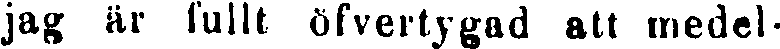
jag är fullt öfvertygad att medel-